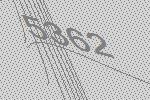
5362